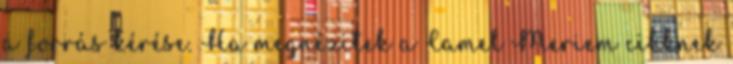
a forrás kérése. Ha megnézitek a Camel Meriem cikknek